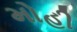
મોહી